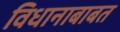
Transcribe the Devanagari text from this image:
विधानाबाबत